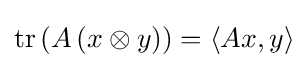
\operatorname {tr} \left(A\left(x\otimes y\right)\right)=\left\langle Ax,y\right\rangle